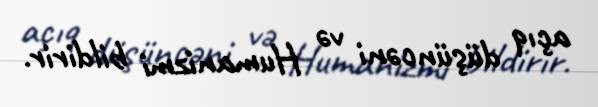
açıq düşüncəni və Humanizmi bildirir.